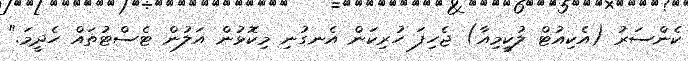
ކެންސަރު (އެކިއުޓް ލުކީމިއާ) ޖެހިފަ ހުރިކަން އެނގުނި މިކޮޅުން އަލުން ޓެސްޓުތައް ހެދީމަ."